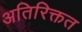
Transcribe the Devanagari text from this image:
अतिरिक्तत